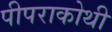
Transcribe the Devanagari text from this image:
पीपराकोथी